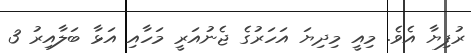
ރުފިޔާ އެވެ. މިއީ މިދިޔަ އަހަރުގެ ޖެނުއަރީ މަހާއި އަޅާ ބަލާއިރު 3